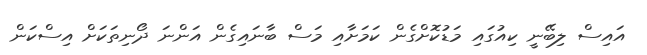
އައިސް ލިބޭނީ ކިއުގައި މަޑުކޮށްގެން ކަމަށާއި މަސް ބާނައިގެން އަންނަ ދޯނިތަކަށް އިސްކަން